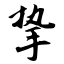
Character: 挚